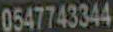
0547743344